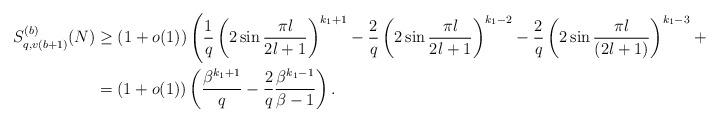
LaTeX: \begin{align*}S^{(b)}_{q,v(b+1)}(N)&\geq \left(1+o(1)\right)\left(\frac{1}{q}\left(2\sin \frac{\pi l}{2l+1}\right)^{k_{1}+1}- \frac{2}{q}\left(2\sin \frac{\pi l}{2l+1}\right)^{k_{1}-2}- \frac{2}{q}\left(2\sin \frac{\pi l}{(2l+1)}\right)^{k_{1}-3}+\cdots\right)\\&=\left(1+o(1)\right)\left(\frac{\beta^{k_{1}+1}}{q}-\frac{2}{q}\frac{\beta^{k_1-1}}{\beta-1}\right).\end{align*}